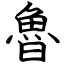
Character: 魯